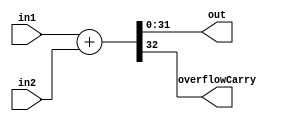
//Pramod Srinivasan
//2010A3PS190P
//Advanced Computer Organization
//Code for Single Cycle Implementation and Multicycle Controller

module Adder(in1, in2, out, overflowCarry);
  
  input [31:0] in1, in2;
  output [31:0] out;
  reg [31:0]out;
  output overflowCarry;
  reg overflowCarry;
  
      always@(in1 or in2)
        begin
          
          {overflowCarry , out } = in1 + in2;
          
        end
    
endmodule